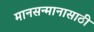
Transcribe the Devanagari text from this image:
मानसन्मानासाठी